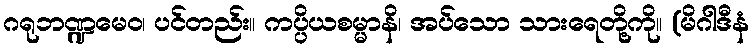
ဂရုဘဏ္ဍမေဝ၊ ပင်တည်း။ ကပ္ပိယစမ္မာနိ၊ အပ်သော သားရေတို့ကို။ (မိဂါဒီနံ